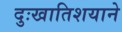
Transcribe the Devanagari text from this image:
दुःखातिशयाने